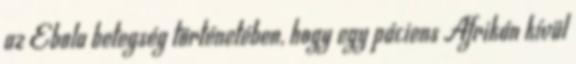
az Ebola betegség történetében, hogy egy páciens Afrikán kívül